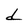
Character: d